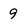
Character: 9